Vaccination in Bombay 1856-1862 - 1856-1862
Year: 1856
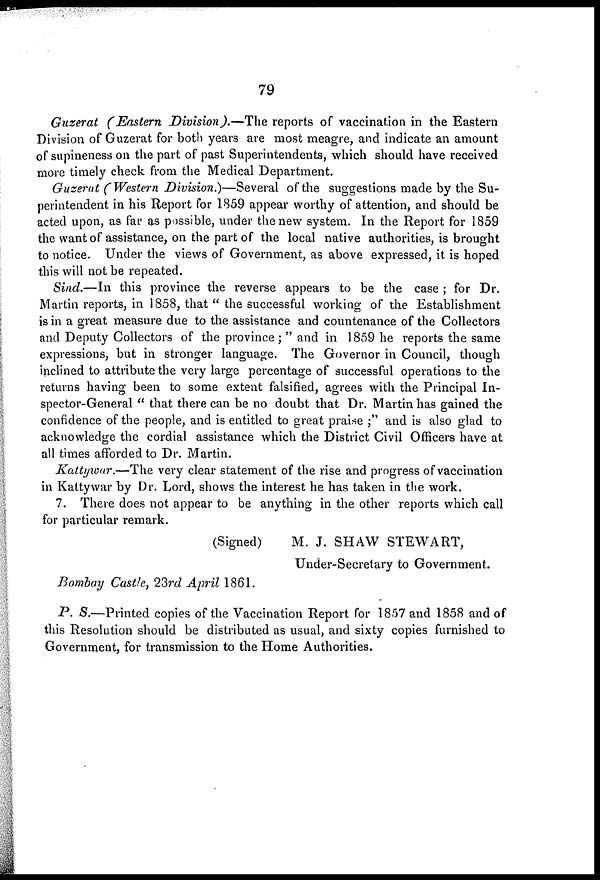
79
Guzerat (Eastern Division).—The reports of vaccination in the Eastern
Division of Guzerat for both years are most meagre, and indicate an amount
of supineness on the part of past Superintendents, which should have received
more timely check from the Medical Department.
Guzerat (Western Division.)—Several of the suggestions made by the Su-
perintendent in his Report for 1859 appear worthy of attention, and should be
acted upon, as far as possible, under the new system. In the Report for 1859
the want of assistance, on the part of the local native authorities, is brought
to notice. Under the views of Government, as above expressed, it is hoped
this will not be repeated.
Sind.—In this province the reverse appears to be the case ; for Dr.
Martin reports, in 1858, that " the successful working of the Establishment
is in a great measure due to the assistance and countenance of the Collectors
and Deputy Collectors of the province ; " and in 1859 he reports the same
expressions, but in stronger language. The Governor in Council, though
inclined to attribute the very large percentage of successful operations to the
returns having been to some extent falsified, agrees with the Principal In-
spector-General " that there can be no doubt that Dr. Martin has gained the
confidence of the people, and is entitled to great praise ;" and is also glad to
acknowledge the cordial assistance which the District Civil Officers have at
all times afforded to Dr. Martin.
Kattywar.—The very clear statement of the rise and progress of vaccination
in Kattywar by Dr. Lord, shows the interest he has taken in the work.
7. There does not appear to be anything in the other reports which call
for particular remark.
(Signed)
M. J. SHAW STEWART,
Under-Secretary to Government.
Bombay Castle, 23rd April 1861.
P. S.—Printed copies of the Vaccination Report for 1857 and 1858 and of
this Resolution should be distributed as usual, and sixty copies furnished to
Government, for transmission to the Home Authorities.